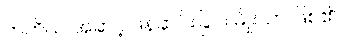
တတိယ အဆင့် ဖန်ဆင်းခြင်း မျိုးသာ ဖြစ်၏။